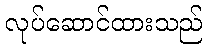
လုပ်ဆောင်ထားသည်